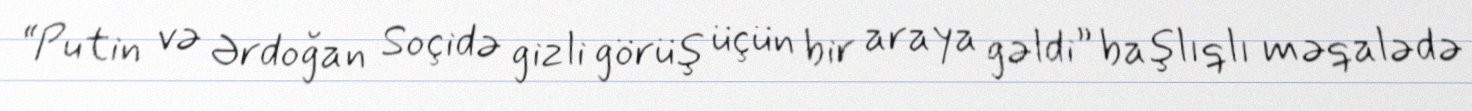
“Putin və Ərdoğan Soçidə gizli görüş üçün bir araya gəldi” başlıqlı məqalədə